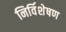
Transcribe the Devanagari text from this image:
निर्विशेषण